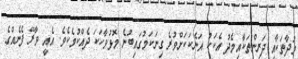
މުދާތަކާއި ދަރިންތަކާއިމެދު އެކަކު އަނެކަކަށްވުރެ ގިނަކަމުގައިބުނެ މޮޅުވާހަކަ ދެއްކުމެކެވެ. އެއީ ވާރޭ ފެނެއްގެ